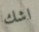
اشك